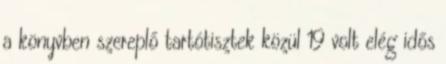
a könyvben szereplő tartótisztek közül 19 volt elég idős